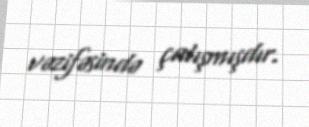
vəzifəsində çalışmışdır.